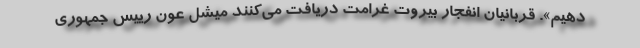
دهیم». قربانیان انفجار بیروت غرامت دریافت می‌کنند میشل عون رییس جمهوری